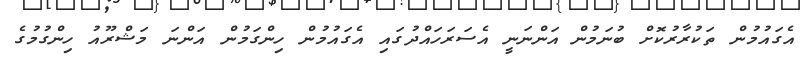
އެގައުމުން ތަކުރާރުކޮށް ބުނަމުން އަންނަނީ އެސަރަހައްދުގައި އެގައުމުން ހިންގަމުން އަންނަ މަޝްރޫއު ހިންގުމުގެ